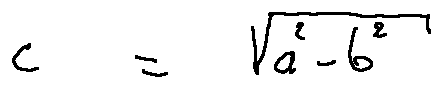
c = \sqrt { a ^ { 2 } - b ^ { 2 } }